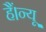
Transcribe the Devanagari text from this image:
हैं।न्यू